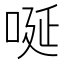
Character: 唌